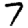
Digit: 7